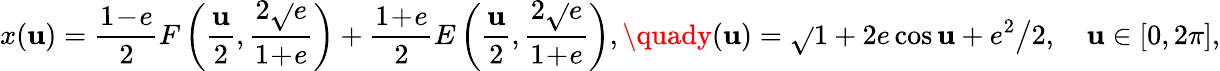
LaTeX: x(\mathbf{u})=\frac{{1\! -\! e}}{2}F\left(\frac{\mathbf{u}}{2},\frac{{2\sqrt{}{e}}}{{1\! +\! e}}\right)+\frac{{1\! +\! e}}{2}E\left(\frac{\mathbf{u}}{2},\frac{{2\sqrt{}{e}}}{{1\! +\! e}}\right),\quady(\mathbf{u})=\sqrt{}{{1+2e\cos\mathbf{u}+e^{2}}}\big/2,\quad\mathbf{u}\in[0,2\pi],